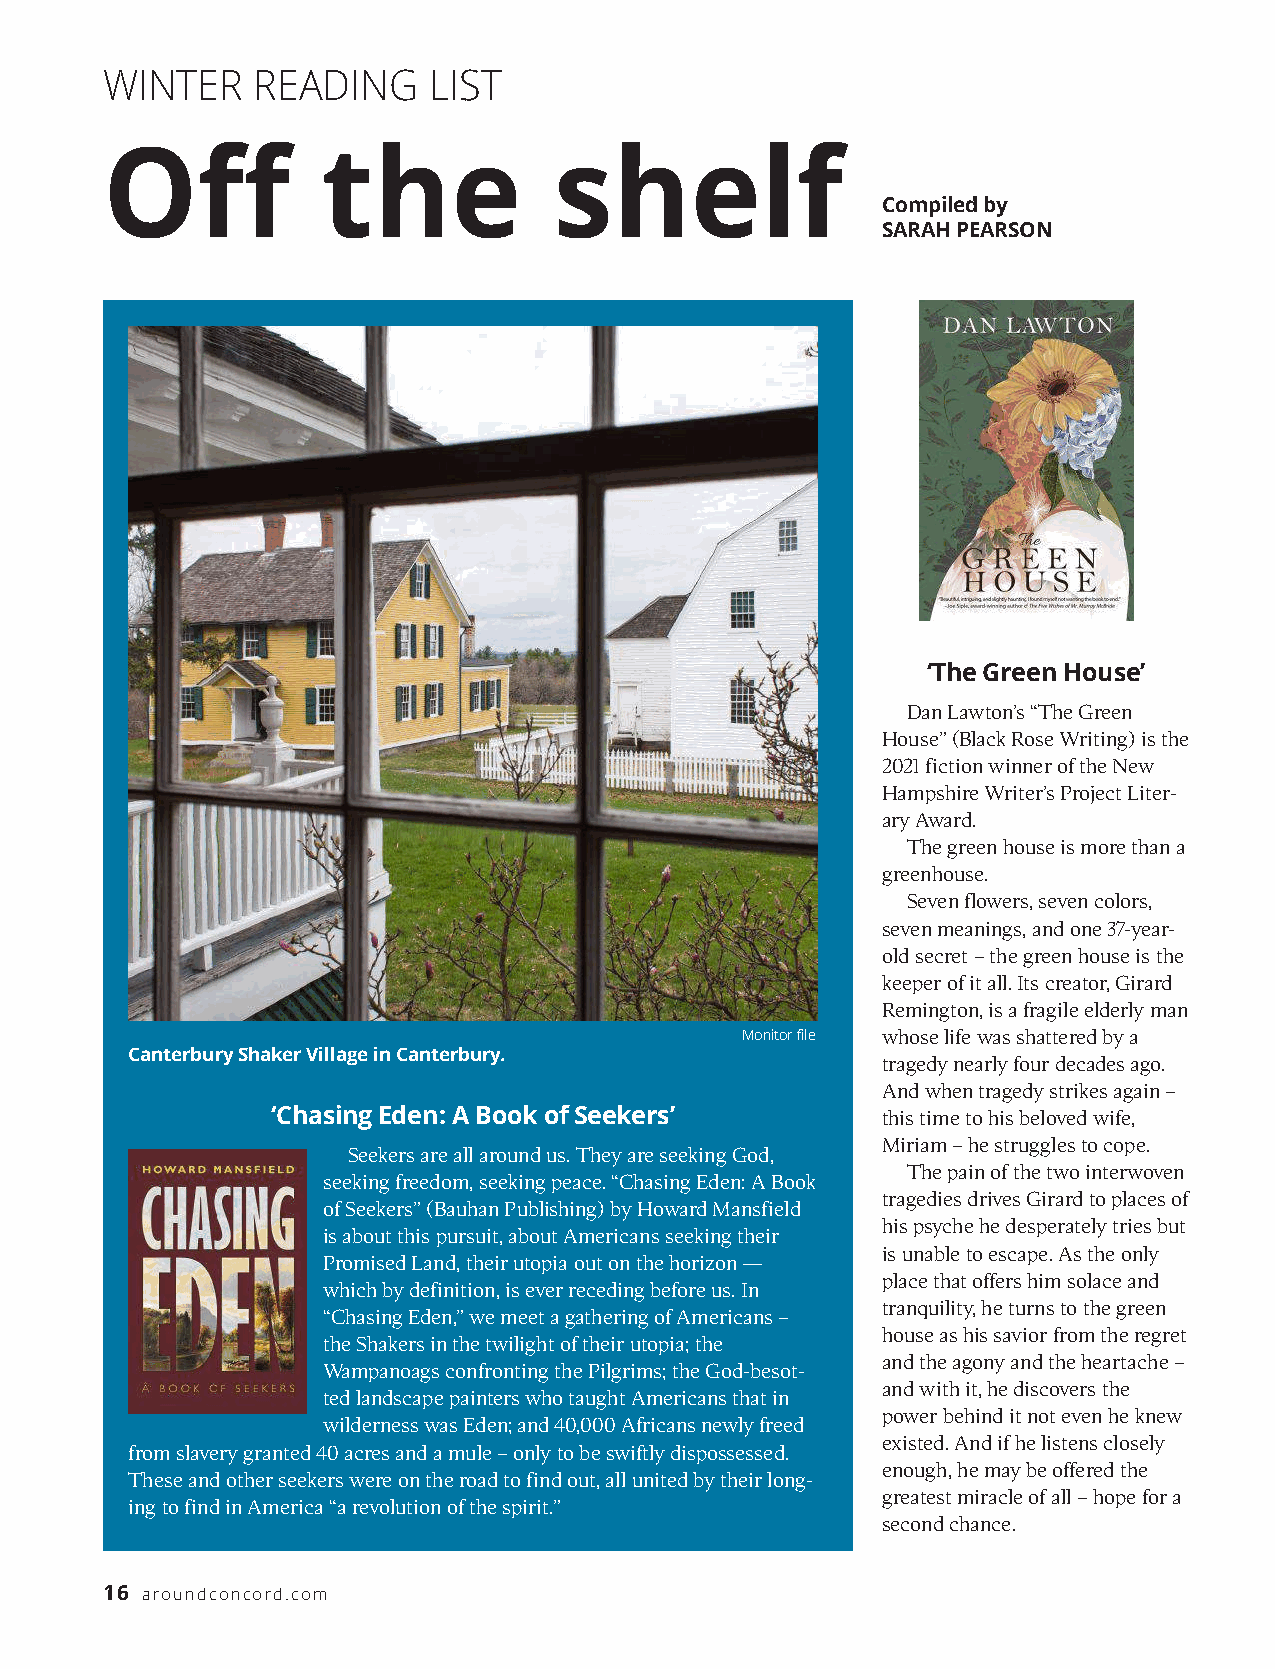
WINTER    READING    LIST
 Off           the             shelf
 Compiled by
 SARAH PEARSON
 ‘The Green House’
 Dan Lawton’s“The Green
 Ho u s e”(Black Rose Writing) is the
 2021 fiction winner of the New
 Hampshire Writer’s Project Liter-
 ary Award.
 The green house is more than a
 g reenhouse.
 Seven flowers, seven colors,
 seven meanings, and one 37-year-
 old secret –the green house is the
 keeper of it all. Its creator, Girard
 Remington, is a fragile elderly man
 Monitor file whose life was shattered by a
 Canterbury Shaker Village in Canterbury.
 tragedy nearly four decades ago.
 And when tragedy strikes again –
 ‘Chasing Eden: A Book of Seekers’       this time to his beloved wife,
 Miriam –he struggles to cope.
 Seekers are all around us. They are seeking God,
 The pain of the two interwoven
 seeking freedom, seeking peace. “Chasing Eden: A Book
 tragedies drives Girard to places of
 of Seekers”(Bauhan Publishing) by Howard Mansfield
 his psyche he desperately tries but
 is about this pursuit, about Americans seeking their
 is unable to escape. As the only
 Promised Land, their utopia out on the horizon —
 place that offers him solace and
 which by definition, is ever receding before us. In
 tranquility, he turns to the green
 “Chasing Eden,”we meet a gathering of Americans –
 house as his savior from the regret
 the Shakers in the twilight of their utopia; the
 and the agony and the heartache –
 Wampanoags confronting the Pilgrims; the God-besot-
 and with it, he discovers the
 ted landscape painters who taught Americans that in
 power behind it not even he knew
 wilderness was Eden; and 40,000 Africans newly freed
 existed. And if he listens closely
 from slavery granted 40 acres and a mule –only to be swiftly dispossessed.
 enough, he may be offered the
 These and other seekers were on the road to find out, all united by their long-
 greatest miracle of all –hope for a
 ing to find in America “a revolution of the spirit.”
 second chance.
 16 a ro u n d c o n c o rd . c o m